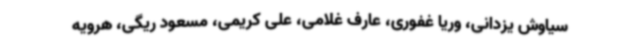
سیاوش یزدانی، وریا غفوری، عارف غلامی، علی کریمی، مسعود ریگی، هرویه